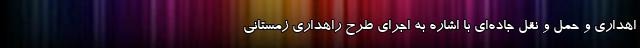
اهداری و حمل و نقل جاده‌ای با اشاره به اجرای طرح راهداری زمستانی